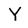
Character: Y